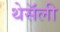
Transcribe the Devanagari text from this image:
थेसॅली